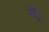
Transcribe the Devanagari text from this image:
उर्दू।